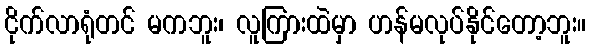
ငိုက်လာရုံတင် မကဘူး၊ လူကြားထဲမှာ ဟန်မလုပ်နိုင်တော့ဘူး။